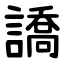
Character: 譑